Bréfritari: Sigríður Pálsdóttir
Dagsetning: A-1866-11-22
Skrifað á: Breiðabólsstað  Rang.

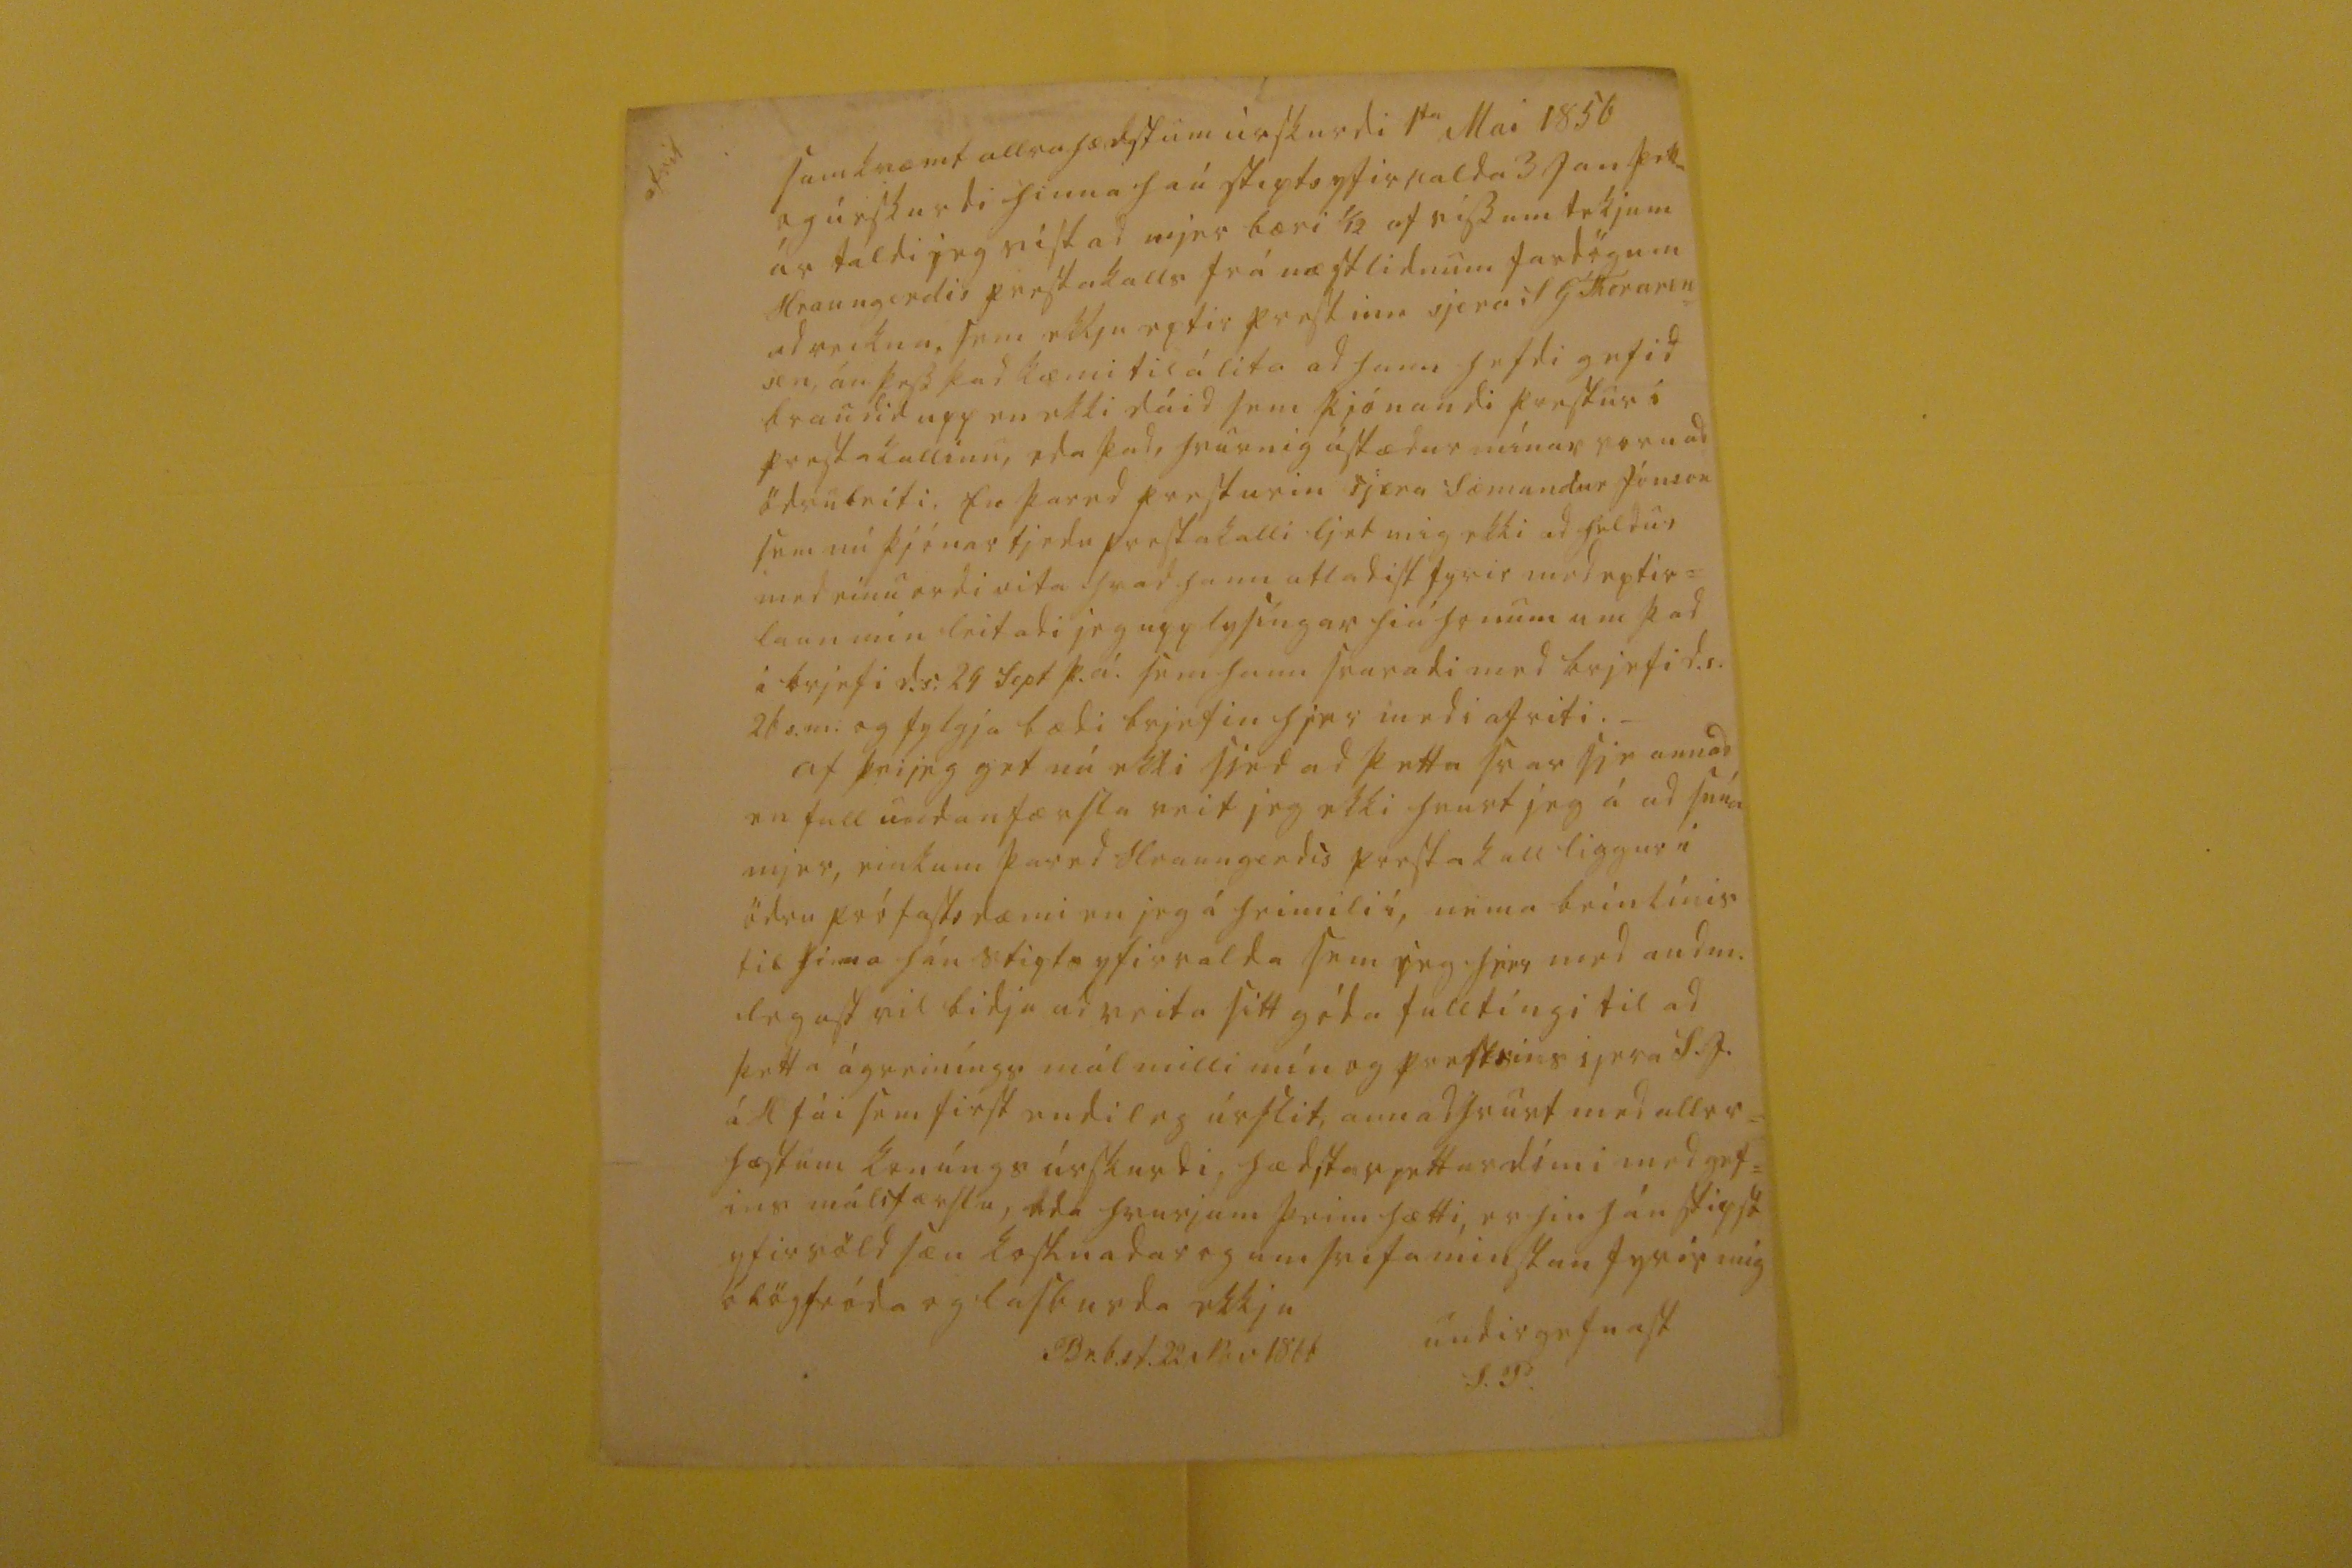

afrit
samkvæmt allra hædstum úrskurdi 1
ta
Mai 1856 og úrskurdi hinna
haú stipts
yfirvalda 3 Jan þetta ár taldi jeg vist ad mjer bæri 1/12 af vissum tekjum Hraungerdis prestakalls frá næstlidnum fardögum ad reikna sem ekkju eptir prestinn sjera S G Thorarin= sen, án þess þad kæmi til álita ad hann hefdi gefid braudid upp en ekki dáid sem þjónandi prestur i prestakallinu, eda þad, hvurnig ástædur mínar voru ad ödruleiti En þar ed presturin sjera Sæmundur Jónson sem nú þjónar tjedu prestakalli ljet mig ekki ad heldur med einu ordi vita hvad hann atladist fyrir med eptir= laun min leitadi jeg upp lysíngar hiá honum um þad i brjefi d.s. 24 Sept þ.á. sem hann svaradi med brjefi d.s. 2 þ s.m: og fylgja bædi brjefin hjer med i afriti._ af þvi jef get en ekki sjed ad þetta svar sje annad en full undanfærsla veit jeg ekki hvurt jeg á ad snúa mjer, einkum þared Hraungerdis prestakall liggur i ödru prófastsdæmi en jeg á heimili í, nema beinlínis til hinna háu stigta yfirvalda sem jeg hjer med andm. legast vil bidja ad veita sitt góda fulltíngi til ad þetta ágreiníngs mál milli mín og prestsins sjera S.J. á H fái sem first endileg úrslit, annad hvurt med all
r0=
hæstum konúngs úrskurdi hædstar réttardómi med gef= ins málsfærslu, eda hvurjum þeim hætti, er hin háu stipst yfirvöld sæu kostnadar og umsvifa minstan fyrir mig ólögfróda og lasburda ekkju
undirgefnast
S.P.
Br.b.st. 22 Nov 1866